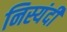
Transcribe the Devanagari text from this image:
निस्यंदी